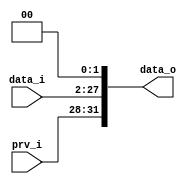
// 0816153

`timescale 1ns/1ps

module Shift_Left_Two_with_prv(
	data_i,
	prv_i, // first 4 bits
	data_o
);

input [26-1:0] data_i;
input [ 4-1:0] prv_i;

output [32-1:0] data_o;

assign data_o[31:28] = prv_i;
assign data_o[27: 2] = data_i;
assign data_o[ 1: 0] = 2'b00;

endmodule